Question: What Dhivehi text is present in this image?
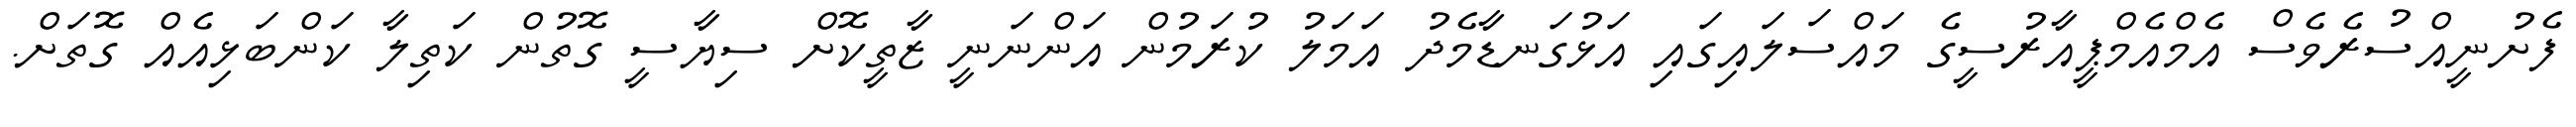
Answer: ފެށުނީއްސުރެވެސް އެމްއެމްޕީއާރުސީގެ މައްސަލައިގައި އަޅުގަނޑާމެދު އަމަލު ކުރަމުން އަންނަނީ ޒާތީކޮށް ސިޔާސީ ގޮތުން ކަތިލާ ކަންބަޅިއެއް ގޮތަށް.